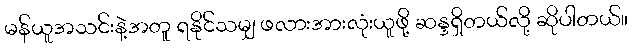
မန်ယူအသင်းနဲ့အတူ ရနိုင်သမျှ ဖလားအားလုံးယူဖို့ ဆန္ဒရှိတယ်လို့ ဆိုပါတယ်။